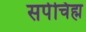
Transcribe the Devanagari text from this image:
सर्पचिह्म